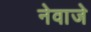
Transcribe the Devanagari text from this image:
नेवाजे